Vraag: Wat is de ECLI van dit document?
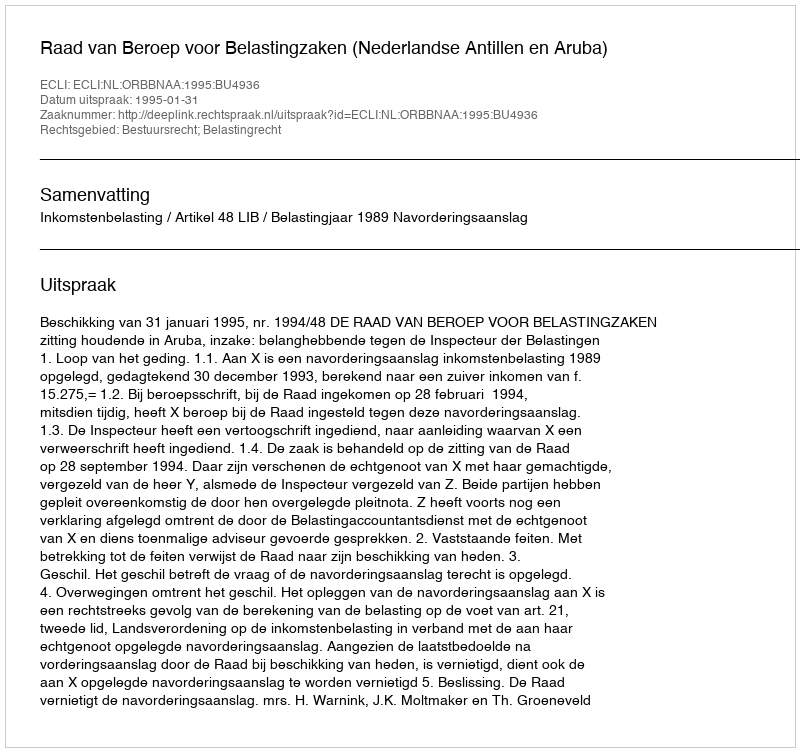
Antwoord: ECLI:NL:ORBBNAA:1995:BU4936